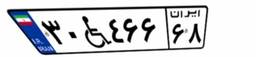
۳۰W۴۶۶۶۸